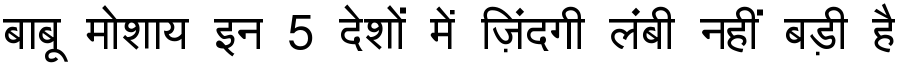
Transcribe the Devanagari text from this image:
बाबू मोशाय इन 5 देशों में ज़िंदगी लंबी नहीं बड़ी है